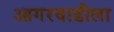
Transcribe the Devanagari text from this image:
आगरवाडीला